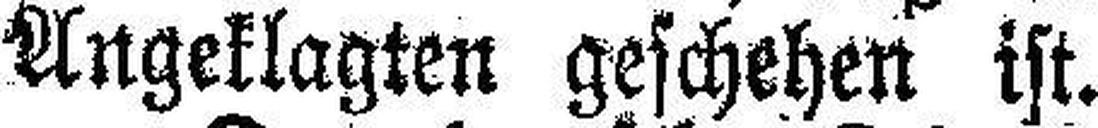
Angeklagten geschehen ist.